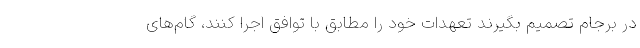
در برجام تصمیم بگیرند تعهدات خود را مطابق با توافق اجرا کنند، گام‌های